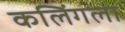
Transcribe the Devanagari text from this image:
कलिंगला